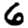
Digit: 6